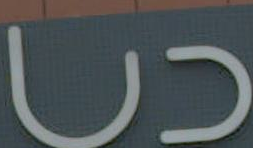
دبي